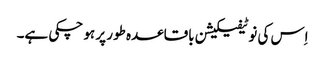
اِس کی نوٹیفیکیشن باقاعدہ طور پر ہو چکی ہے۔